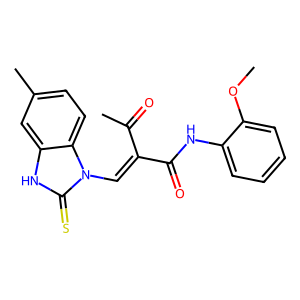
SMILES: COc1ccccc1NC(=O)C(=Cn1c(=S)[nH]c2cc(C)ccc21)C(C)=O
Inhibits HIV replication: No